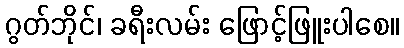
ဂွတ်ဘိုင်၊ ခရီးလမ်း ဖြောင့်ဖြူးပါစေ။